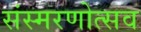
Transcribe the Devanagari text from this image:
संस्मरणोत्सव